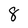
Character: 8